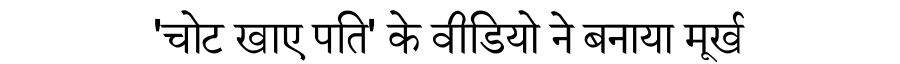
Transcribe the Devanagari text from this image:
'चोट खाए पति' के वीडियो ने बनाया मूर्ख